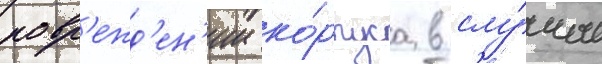
повр'ежд'ен'ии ко́рпуса в слу́чае